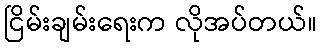
ငြိမ်းချမ်းရေးက လိုအပ်တယ်။